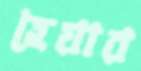
হেয়ার